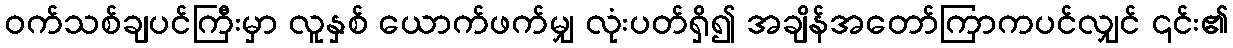
ဝက်သစ်ချပင်ကြီးမှာ လူနှစ် ယောက်ဖက်မျှ လုံးပတ်ရှိ၍ အချိန်အတော်ကြာကပင်လျှင် ၎င်း၏